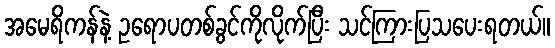
အမေရိကန်နဲ့ ဥရောပတစ်ခွင်ကိုလိုက်ပြီး သင်ကြားပြသပေးရတယ်။